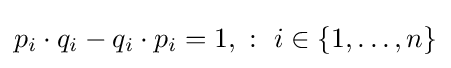
p_{i}\cdot q_{i}-q_{i}\cdot p_{i}=1,\ :\ i\in \{1,\dots ,n\}